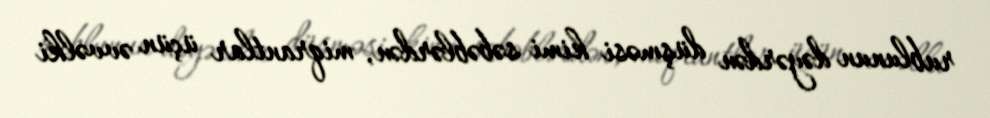
rublunun dəyərdən düşməsi kimi səbəblərdən, miqrantlar üçün əvvəlki